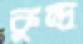
কুন্দ্র